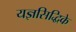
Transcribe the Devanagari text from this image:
यज्ञसिद्धिके